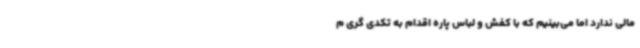
مالی ندارد اما می‌بینیم که با کفش و لباس پاره اقدام به تکدی گری م